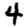
Digit: 4